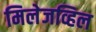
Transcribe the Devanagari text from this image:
मिलेजव्हिल